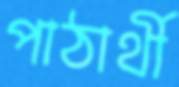
পাঠার্থী